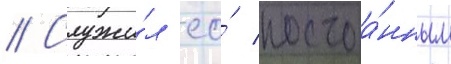
// Служи́л ео́ постоа́нным